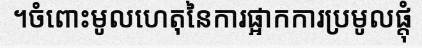
។ចំពោះមូលហេតុនៃការផ្អាកការប្រមូលផ្តុំ